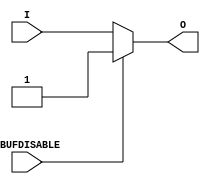
///////////////////////////////////////////////////////////////////////////////
// Copyright (c) 1995/2015 Xilinx, Inc.
// All Right Reserved.
///////////////////////////////////////////////////////////////////////////////
//   ____  ____
//  /   /\/   /
// /___/  \  /    Vendor : Xilinx
// \   \   \/     Version : 2015.4
//  \   \         Description : Xilinx Formal Library Component
//  /   /                  Input Buffer
// /___/   /\     Filename : IBUF_IBUFDISABLE.v
// \   \  /  \
//  \___\/\___\
//
///////////////////////////////////////////////////////////////////////////////
// Revision:
//    12/08/10 - Initial version.
//    10/20/14 - Removed b'x support (CR 817718).
// End Revision
///////////////////////////////////////////////////////////////////////////////

`timescale  1 ps / 1 ps

`celldefine

module IBUF_IBUFDISABLE (O, I, IBUFDISABLE);

    parameter IBUF_LOW_PWR = "TRUE";
    parameter IOSTANDARD = "DEFAULT";
    parameter SIM_DEVICE = "7SERIES";
    parameter USE_IBUFDISABLE = "TRUE";
`ifdef XIL_TIMING
    parameter LOC = "UNPLACED";
`endif // `ifdef XIL_TIMING
    
    output O;

    input  I;
    input  IBUFDISABLE;

    generate
       case (USE_IBUFDISABLE)
          "TRUE" :  begin
                        assign O = (IBUFDISABLE == 0)? I : (IBUFDISABLE == 1)? 1'b1  : 1'b0;
                    end
          "FALSE" : begin
                        assign O = I;
                    end
       endcase
    endgenerate

endmodule

`endcelldefine